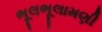
ભૂલભૂલામણી